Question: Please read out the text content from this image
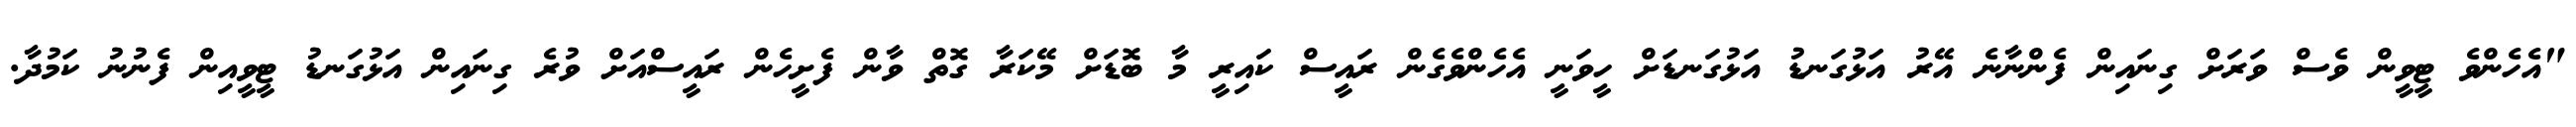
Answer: "އެހެންވެ ޓީވީން ވެސް ވަރަށް ގިނައިން ފެންނާނެ އޭރު އަޅުގަނޑު އަޅުގަނޑަށް ހީވަނީ އެހެންވެގެން ރައީސް ކައިރީ މާ ބޮޑަށް މޭކަރާ ގޮތް ވާން ފެށީހެން ރައީސްއަށް ވުރެ ގިނައިން އަޅުގަނޑު ޓީވީއިން ފެނުނު ކަމުދާ.